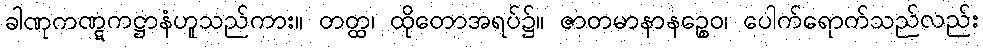
ခါဏုကဏ္ဋကဋ္ဌာနံဟူသည်ကား။ တတ္ထ၊ ထိုတောအရပ်၌။ ဇာတမာနာနဉ္စေဝ၊ ပေါက်ရောက်သည်လည်း